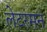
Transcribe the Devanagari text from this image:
लेटरमन